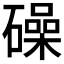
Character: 𥖨